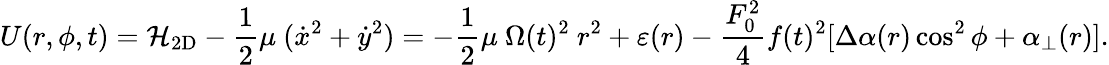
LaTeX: U(r,\phi,t)={\cal H}_{\mathrm{2D}}-\frac{1}{2}\mu\ (\dot{x}^{2}+\dot{y}^{2})=-\frac{1}{2}\mu\ \Omega(t)^{2}\ r^{2}+\varepsilon(r)-\frac{F_{0}^{2}}{4}f(t)^{2}[\Delta\alpha(r)\cos^{2}\phi+\alpha_{\bot}(r)].